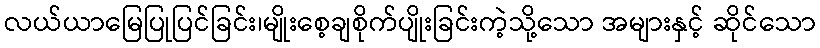
လယ်ယာမြေပြုပြင်ခြင်း၊မျိုးစေ့ချစိုက်ပျိုးခြင်းကဲ့သို့သော အများနှင့် ဆိုင်သော